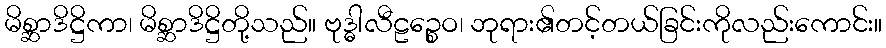
မိစ္ဆာဒိဋ္ဌိကာ၊ မိစ္ဆာဒိဋ္ဌိတို့သည်။ ဗုဒ္ဓါလီဠဉ္စေဝ၊ ဘုရား၏တင့်တယ်ခြင်းကိုလည်းကောင်း။